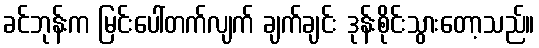
ခင်ဘုန်းက မြင်းပေါ်တက်လျက် ချက်ချင်း ဒုန်းစိုင်းသွားတော့သည်။